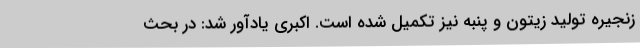
زنجیره تولید زیتون و پنبه نیز تکمیل شده است. اکبری یادآور شد: در بحث